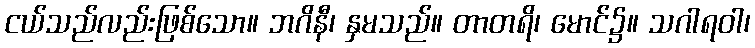
ငယ်သည်လည်းဖြစ်သော။ ဘဂိနီ၊ နှမသည်။ တာတရိ၊ မောင်၌။ သဂါရဝါ၊